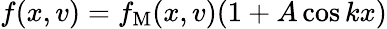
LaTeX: f(x,v)=f_{\mathrm{M}}(x,v)(1+A\cos kx)